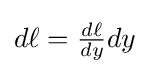
{\textstyle d\ell ={\frac {d\ell }{dy}}dy}